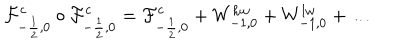
{ \cal F } _ { - \frac { 1 } { 2 } , 0 } ^ { c } \circ { \cal F } _ { - \frac { 1 } { 2 } , 0 } ^ { c } = { \cal F } _ { - \frac { 1 } { 2 } , 0 } ^ { c } + W _ { - 1 , 0 } ^ { h w } + W _ { - 1 , 0 } ^ { l w } + \dots